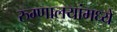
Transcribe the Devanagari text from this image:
रुग्णालयांमध्ये